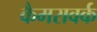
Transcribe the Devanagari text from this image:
कैमरावर्क